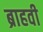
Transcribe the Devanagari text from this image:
ब्राहवी